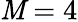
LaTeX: \mathit{M}=4